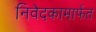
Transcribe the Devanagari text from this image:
निवेदकामार्फत